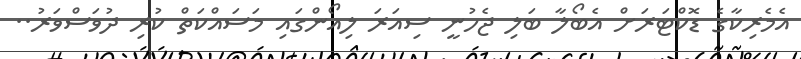
އެމެރިކާގެ ޑޮކްޓަރަށް އެބޯލާ ބަލި ޖެހުނީ ސިއަރަ ލިއޯންގައި މަސައްކަތް ކުރި ދުވަސްވަރު..